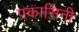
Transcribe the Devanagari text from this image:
पकासिनी